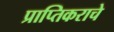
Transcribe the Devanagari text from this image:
प्राप्‍तिकराचे